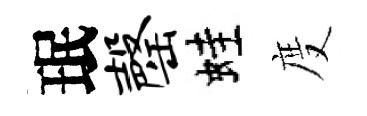
珉罄蛙度